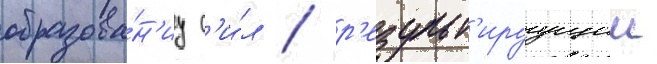
образова́н'иу с'и́л / р'езульт'ируущии